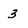
Character: 3